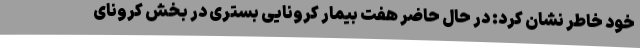
خود خاطر نشان کرد: در حال حاضر هفت بیمار کرونایی بستری در بخش کرونای